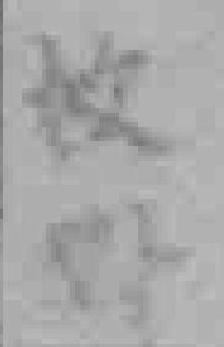
枚*